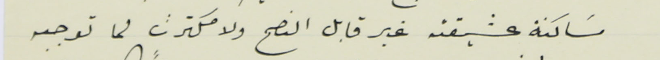
مسَاكنة عشيقته غير قابل النصح ولا مكترث لما توجبه